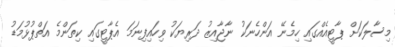
މިސާލަކަށް ޕާޓީއެއްގައި ހިމެނޭ އަންހެނަކު ނާޖާއިޒު ދަރިޔަކު ވިހައިފިނަމަ އެޕާޓީގައި ކިތަންމެ އަތްޕުޅުމަޑު